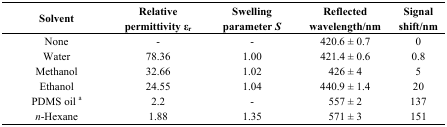
<table><thead><tr><td><b>Solvent</b></td><td><b>Relative permittivity ɛ<sub>r</sub></b></td><td><b>Swelling parameter <i>S</i></b></td><td><b>Reflected wavelength/nm</b></td><td><b>Signal shift/nm</b></td></tr></thead><tbody><tr><td>None</td><td>-</td><td>-</td><td>420.6 ± 0.7</td><td>0</td></tr><tr><td>Water</td><td>78.36</td><td>1.00</td><td>421.4 ± 0.6</td><td>0.8</td></tr><tr><td>Methanol</td><td>32.66</td><td>1.02</td><td>426 ± 4</td><td>5</td></tr><tr><td>Ethanol</td><td>24.55</td><td>1.04</td><td>440.9 ± 1.4</td><td>20</td></tr><tr><td>PDMS oil <sup>a</sup></td><td>2.2</td><td>-</td><td>557 ± 2</td><td>137</td></tr><tr><td><i>n</i>-Hexane</td><td>1.88</td><td>1.35</td><td>571 ± 3</td><td>151</td></tr></tbody></table>